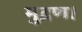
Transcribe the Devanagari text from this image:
मुद्रण।